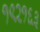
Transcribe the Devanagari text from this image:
१९२१६३